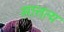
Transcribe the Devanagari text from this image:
सात्तत्य